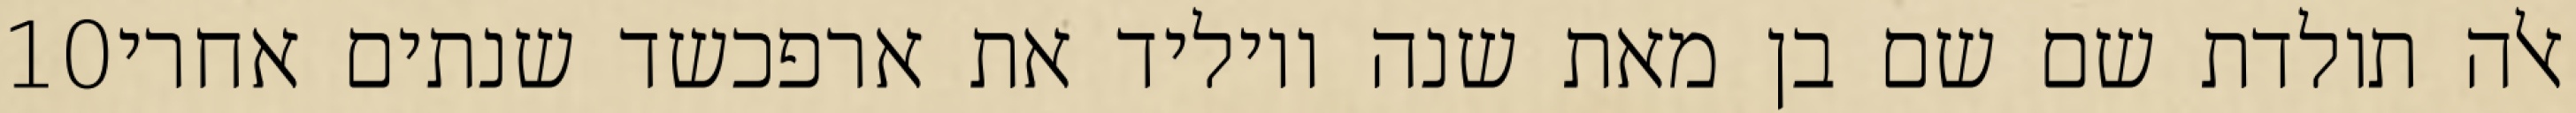
‎10‏ אלה תולדת שם שם בן מאת שנה ויוליד את ארפכשד שנתים אחרי